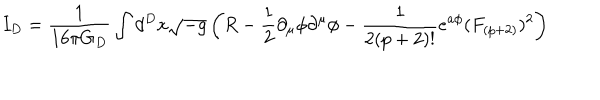
LaTeX: I _ { D } = \frac { 1 } { 1 6 \pi G _ { D } } \int d ^ { D } x \sqrt { - g } \left( R - \frac { 1 } { 2 } \partial _ { \mu } \phi \partial ^ { \mu } \phi - \frac { 1 } { 2 ( p + 2 ) ! } e ^ { a \phi } ( F _ { ( p + 2 ) } ) ^ { 2 } \right)